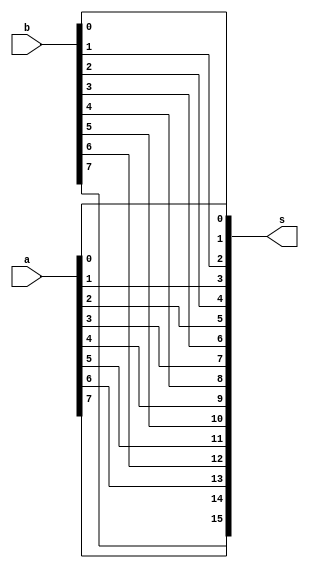
/*
 * Zip (Interleave) Module
 *
 * Copyright (c) 2021 Alexei A. Smekalkine <ikle@ikle.ru>
 *
 * SPDX-License-Identifier: BSD-2-Clause
 */

`ifndef LOGIC_ZIP_V
`define LOGIC_ZIP_V  1

module zip #(
	parameter W = 8
)(
	input [W-1:0] a, input [W-1:0] b, output [2*W-1:0] s
);
	genvar i;

	for (i = 0; i < W; i = i + 1)
		assign s[i*2+1:i*2] = {a[i], b[i]};
endmodule

`endif  /* LOGIC_ZIP_V */